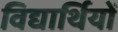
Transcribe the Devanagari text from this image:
विद्यार्थियों